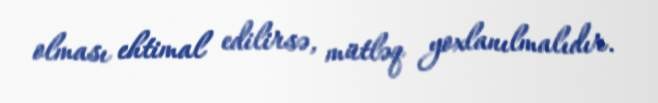
olması ehtimal edilirsə, mütləq yoxlanılmalıdır.